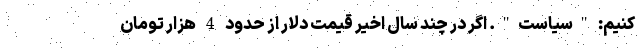
کنیم: "سیاست". اگر در چند سال اخیر قیمت دلار از حدود 4 هزار تومان